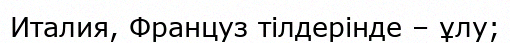
Италия, Француз тілдерінде – ұлу;